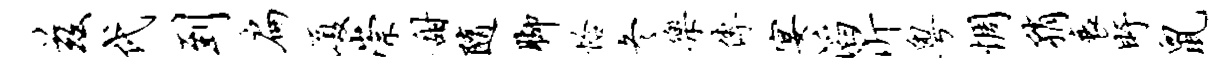
兹代到扁厦崇甜随脚恰冬乐传宴滔沂粤惆稍衰盱鼠